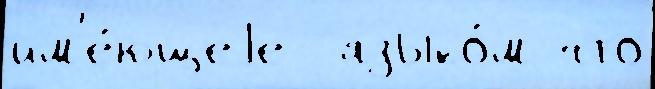
им'е́ющеjе  языко́м что